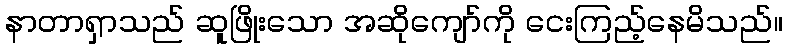
နာတာရှာသည် ဆူဖြိုးသော အဆိုကျော်ကို ငေးကြည့်နေမိသည်။